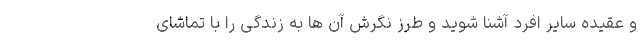
و عقیده سایر افرد آشنا شوید و طرز نگرش آن ها به زندگی را با تماشای